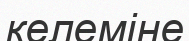
келеміне